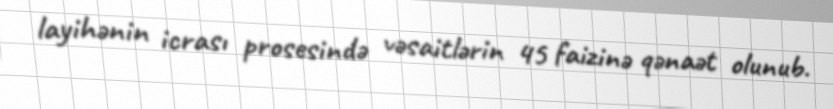
layihənin icrası prosesində vəsaitlərin 45 faizinə qənaət olunub.